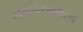
તારાપોરવાલાએ